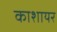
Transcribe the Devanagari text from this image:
काशायर